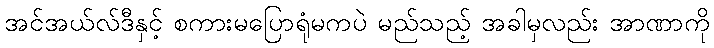
အင်အယ်လ်ဒီနှင့် စကားမပြောရုံမကပဲ မည်သည့် အခါမှလည်း အာဏာကို